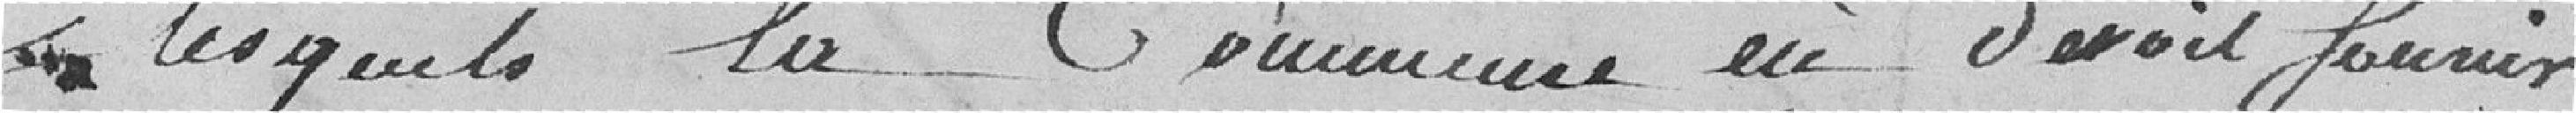
lesquels la Commune en devait fournir